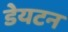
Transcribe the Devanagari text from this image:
डेयटन